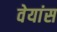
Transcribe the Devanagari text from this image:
वेयांस